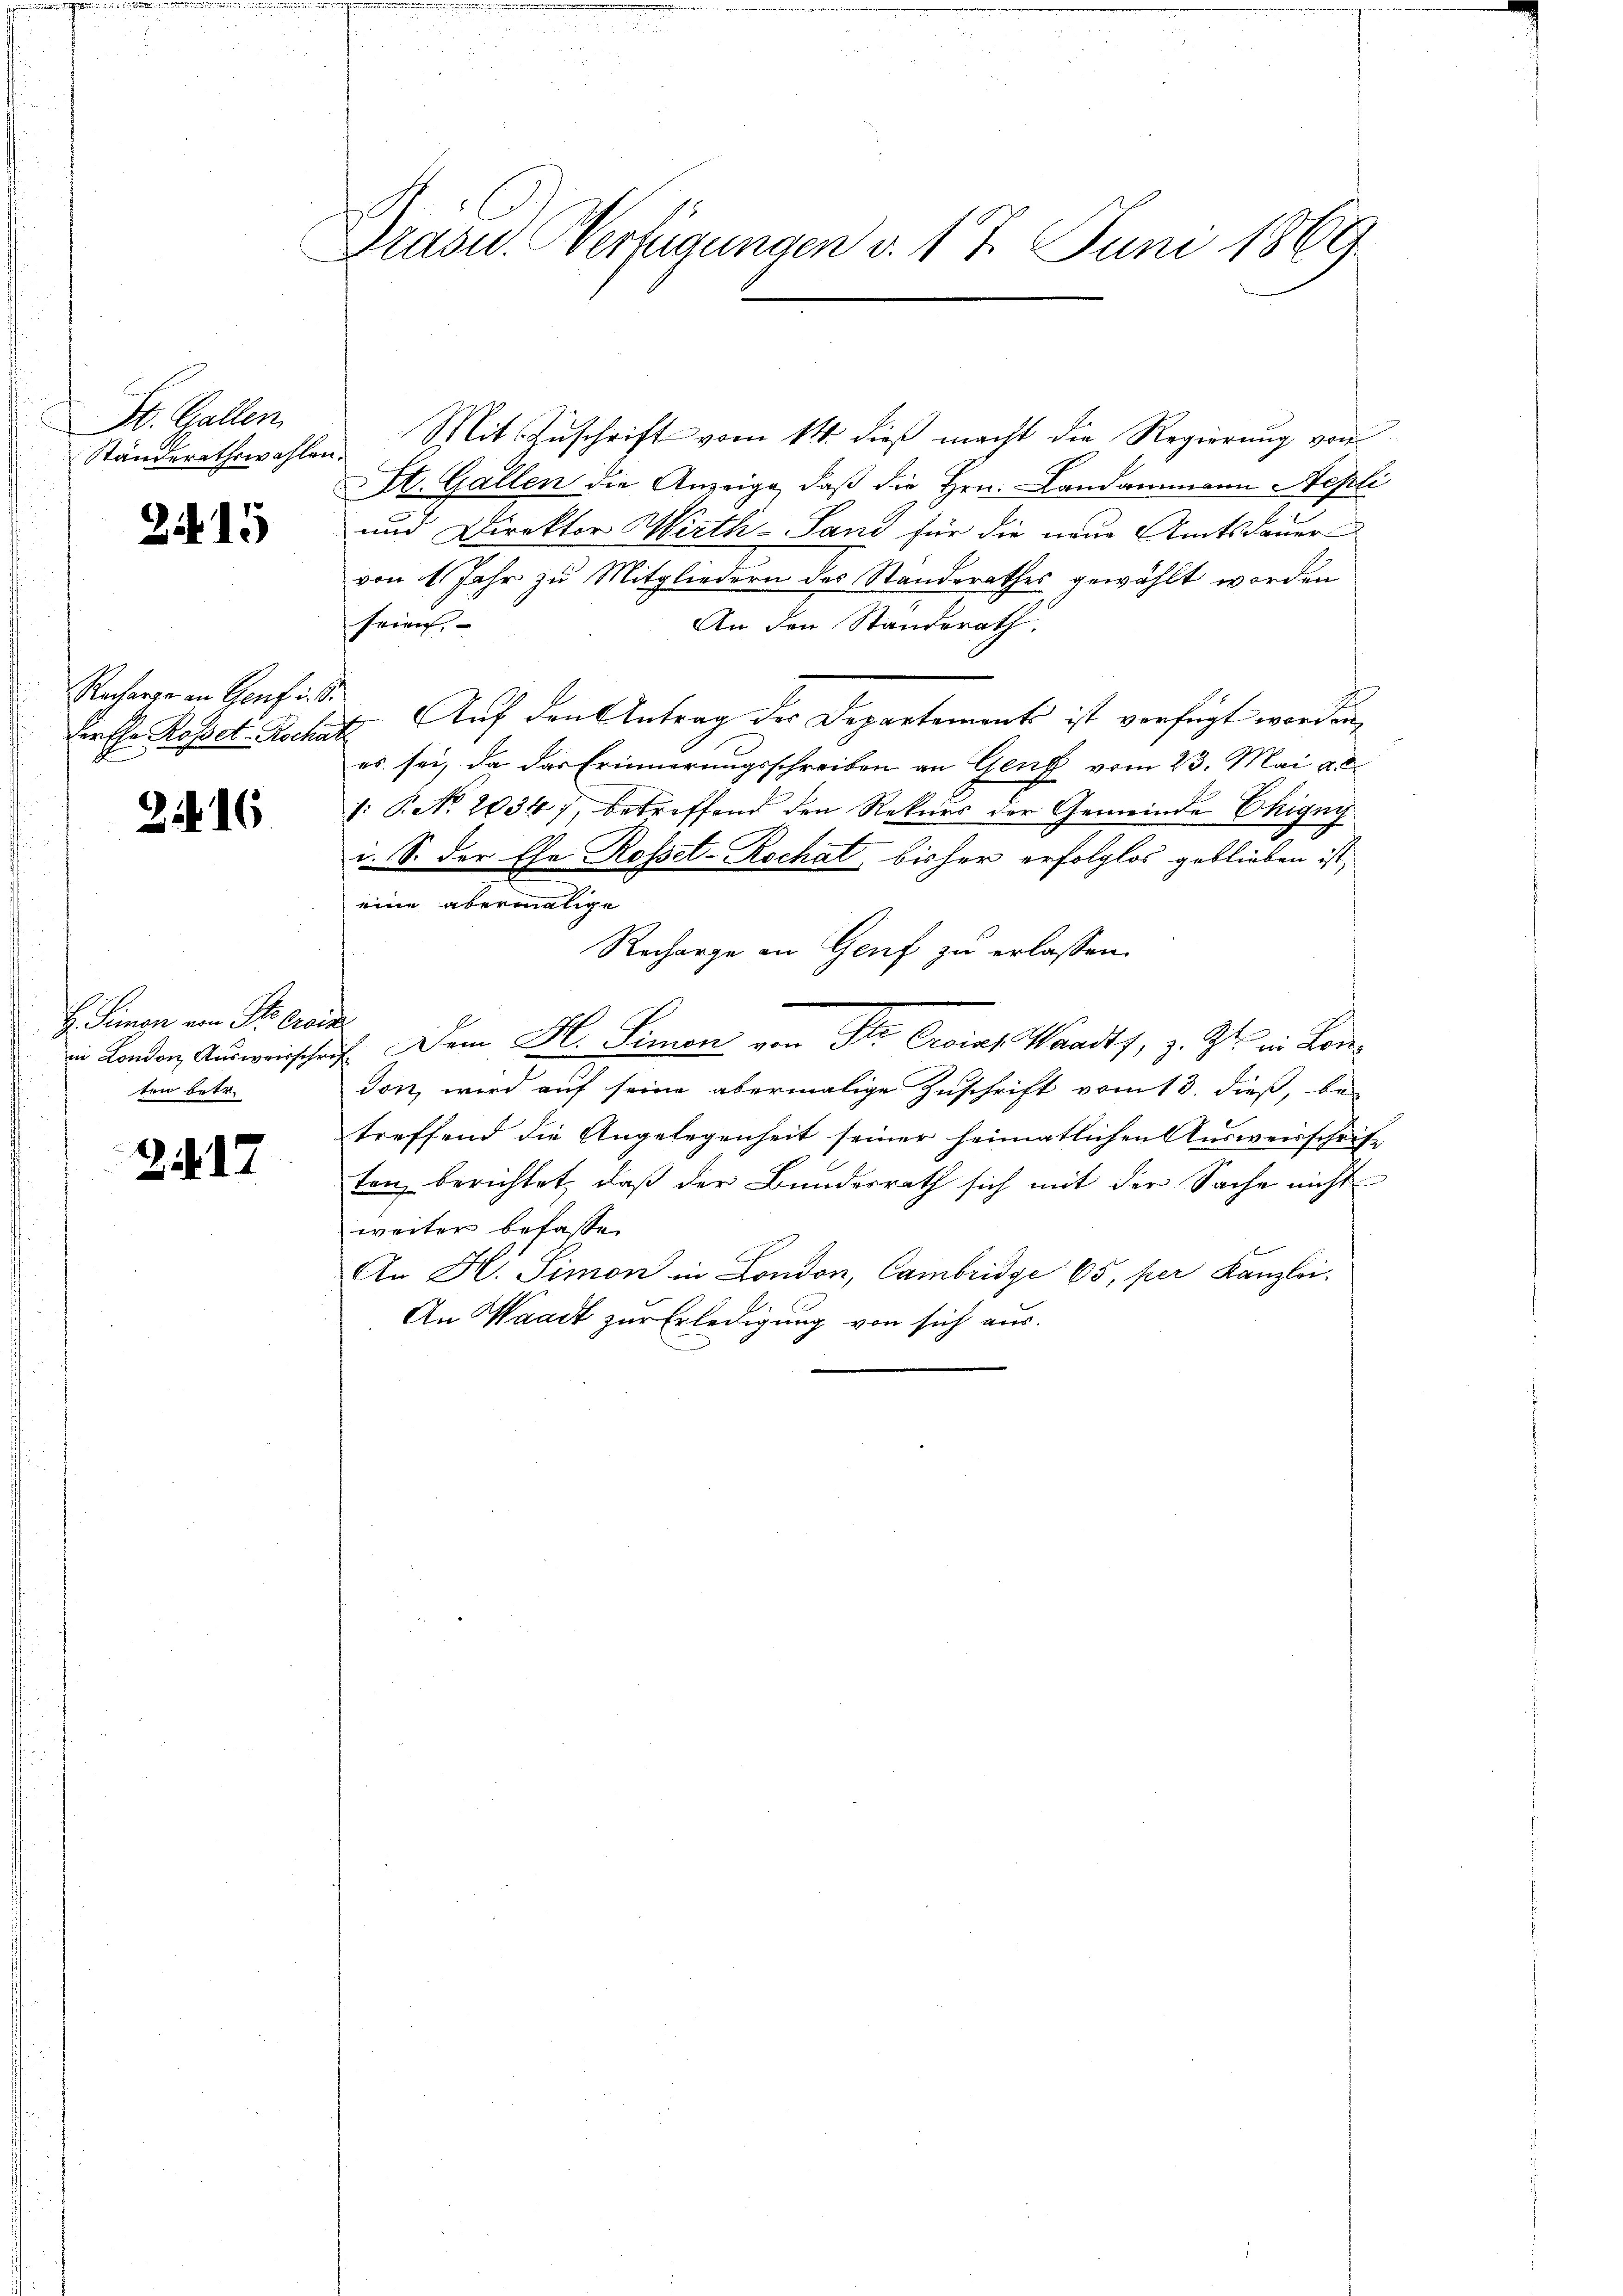
St. Gallen
Ständerathswahlen

2115

Recharge an Genf i. d.
Lintha Rosset-Rocha
A

22. 16

H. Simon von St. Grei
in London Ausweisschr
ten betr.

217

Präsid. Verfügungen v. 17. Juni 1869.

Mit Zuschrift vom 11. dieß macht die Regierung von
St. Gallen die Anzeige, daß die Hrn. Landammann Aepli
und Direktor Wirth- Sand für die neue Amtsdauer
von 4 Jahr zu Mitgliedern des Standerathes gewählt worden
sein,
An den Standerath.
E. Auf den Antrag der Departements ist verfügt worden,
es sei, da das Erinnerungsschreiben an Genf vom 23. Mai a. d.
: P. No. 2034), betreffend den Rekurs der Gemeinde Ehigny
i. S. der Ehe Rosset-Rochat, bisher erfolglos geblieben ist,
eine abermalige
Recharge an Genf zu erlassen.
1. Dem H. Simon von der Orias Wandts, z. Zt. in Lon
t
don, wird auf seine abermalige Zuschrift vom 13. dieß, be-
treffend die Angelegenheit seiner heimatlichen Ausweisschrift
ten berichtet, daß der Bundesrath sich mit der Sache nicht
weiter befassen
An H. Simon in London, Cambridge 65, per Kanzlei.
An Waadt zur Erledigung von sich aus.